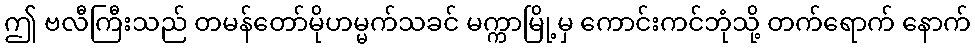
ဤ ဗလီကြီးသည် တမန်တော်မိုဟမ္မက်သခင် မက္ကာမြို့မှ ကောင်းကင်ဘုံသို့ တက်ရောက် နောက်